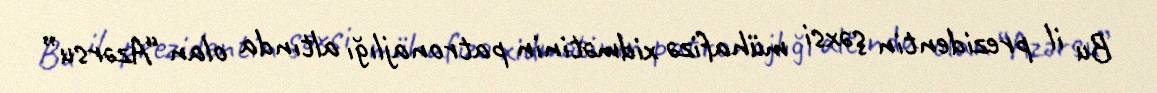
Bu il prezidentin şəxsi mühafizə xidmətinin patronajlığı altında olan “Azərsu”